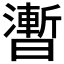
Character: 𣋫